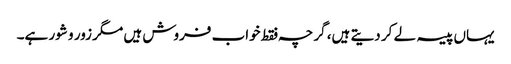
یہاں پیسہ لے کر دیتے ہیں، گرچہ فقط خواب فروش ہیں مگر زور و شور ہے۔